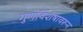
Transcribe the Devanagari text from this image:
गुणविशेषावरून